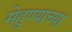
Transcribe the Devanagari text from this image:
मेहुण्याच्या